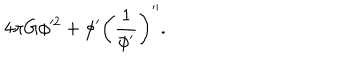
{ 4 \pi G } \phi ^ { 2 } + \phi ^ { \prime } \left( { \frac { 1 } { \phi ^ { \prime } } } \right) ^ { \prime \prime } .